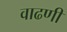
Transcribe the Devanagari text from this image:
वाढणी